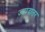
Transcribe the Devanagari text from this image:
ज्‍़यादातर